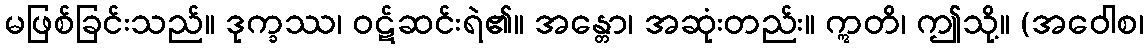
မဖြစ်ခြင်းသည်။ ဒုက္ခဿ၊ ဝဋ်ဆင်းရဲ၏။ အန္တော၊ အဆုံးတည်း။ ဣတိ၊ ဤသို့။ (အဝေါစ၊